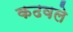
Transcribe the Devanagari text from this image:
कढवले